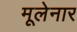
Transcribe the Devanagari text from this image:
मूलेनार